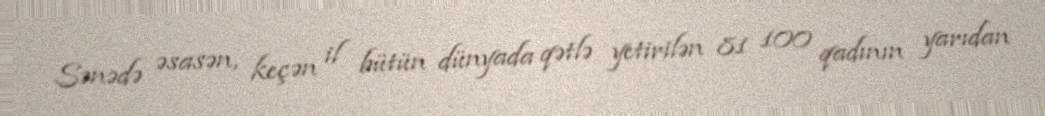
Sənədə əsasən, keçən il bütün dünyada qətlə yetirilən 81 100 qadının yarıdan